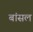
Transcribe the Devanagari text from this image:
बांसल